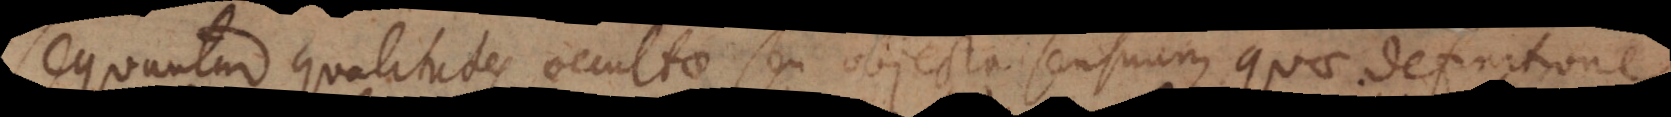
equuntur qualitates occultae seu objecta sensuum, quae definitione